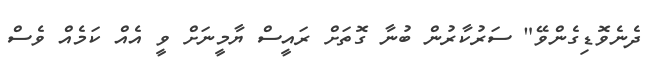
ދެނެވޮޑިގެންވޭ" ސަރުކާރުން ބުނާ ގޮތަށް ރައީސް ޔާމީނަށް ވީ އެއް ކަމެއް ވެސް